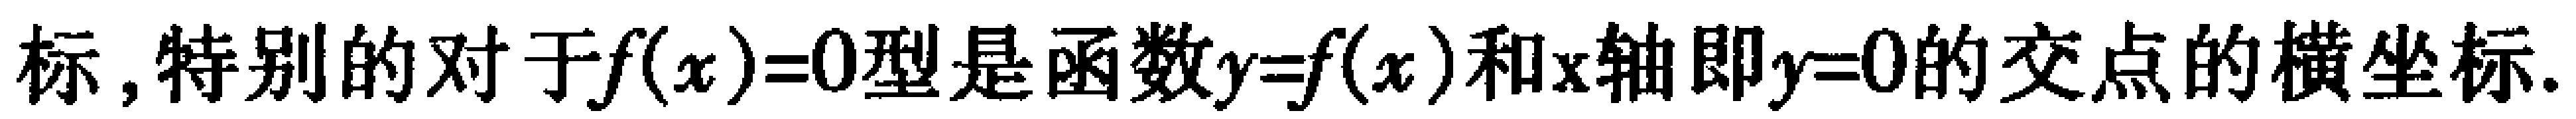
标,特别的对于\(f(x)=0\)型是函数\(y = f(x)\)和\(x\)轴即\(y = 0\)的交点的横坐标.